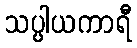
သပ္ပါယကာရီ